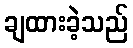
ချထားခဲ့သည်